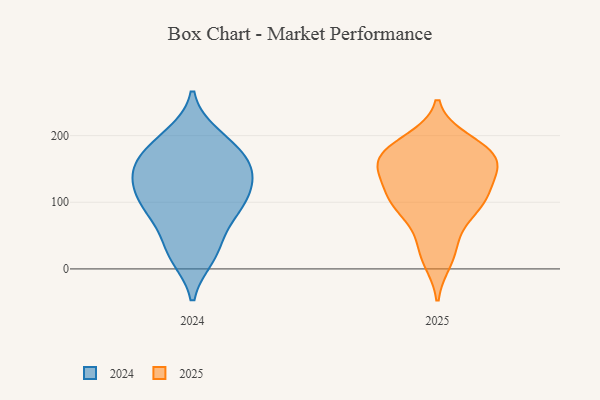
{"axis": {"x": "Humidity (%)", "y": "Value"}, "legend": ["2024", "2025"], "data": [{"x": "", "y": 19, "type": "2024"}, {"x": "", "y": 105, "type": "2024"}, {"x": "", "y": 137, "type": "2024"}, {"x": "", "y": 194, "type": "2024"}, {"x": "", "y": 158, "type": "2024"}, {"x": "", "y": 83, "type": "2024"}, {"x": "", "y": 77, "type": "2024"}, {"x": "", "y": 131, "type": "2024"}, {"x": "", "y": 119, "type": "2024"}, {"x": "", "y": 87, "type": "2024"}, {"x": "", "y": 180, "type": "2024"}, {"x": "", "y": 149, "type": "2024"}, {"x": "", "y": 152, "type": "2024"}, {"x": "", "y": 28, "type": "2024"}, {"x": "", "y": 200, "type": "2024"}, {"x": "", "y": 168, "type": "2024"}, {"x": "", "y": 102, "type": "2024"}, {"x": "", "y": 27, "type": "2024"}, {"x": "", "y": 192, "type": "2025"}, {"x": "", "y": 100, "type": "2025"}, {"x": "", "y": 149, "type": "2025"}, {"x": "", "y": 153, "type": "2025"}, {"x": "", "y": 95, "type": "2025"}, {"x": "", "y": 183, "type": "2025"}, {"x": "", "y": 102, "type": "2025"}, {"x": "", "y": 177, "type": "2025"}, {"x": "", "y": 92, "type": "2025"}, {"x": "", "y": 179, "type": "2025"}, {"x": "", "y": 24, "type": "2025"}, {"x": "", "y": 91, "type": "2025"}, {"x": "", "y": 169, "type": "2025"}, {"x": "", "y": 117, "type": "2025"}, {"x": "", "y": 154, "type": "2025"}, {"x": "", "y": 121, "type": "2025"}, {"x": "", "y": 45, "type": "2025"}, {"x": "", "y": 160, "type": "2025"}, {"x": "", "y": 14, "type": "2025"}, {"x": "", "y": 156, "type": "2025"}]}